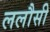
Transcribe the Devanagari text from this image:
ललौसी